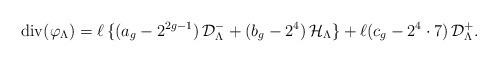
LaTeX: \begin{align*}\begin{aligned}{\rm div}(\varphi_{\Lambda})&=\ell\,\{(a_{g}-2^{2g-1})\,{\mathcal D}_{\Lambda}^{-}+(b_{g}-2^{4})\,{\mathcal H}_{\Lambda}\}+\ell(c_{g}-2^{4}\cdot7)\,{\mathcal D}_{\Lambda}^{+}.\end{aligned}\end{align*}